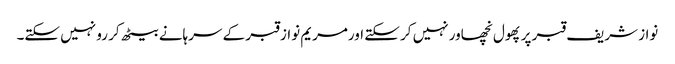
نواز شریف قبر پرپھول نچھاور نہیں کر سکتے اورمریم نواز قبر کے سرہانے بیٹھ کر رو نہیں سکتے۔